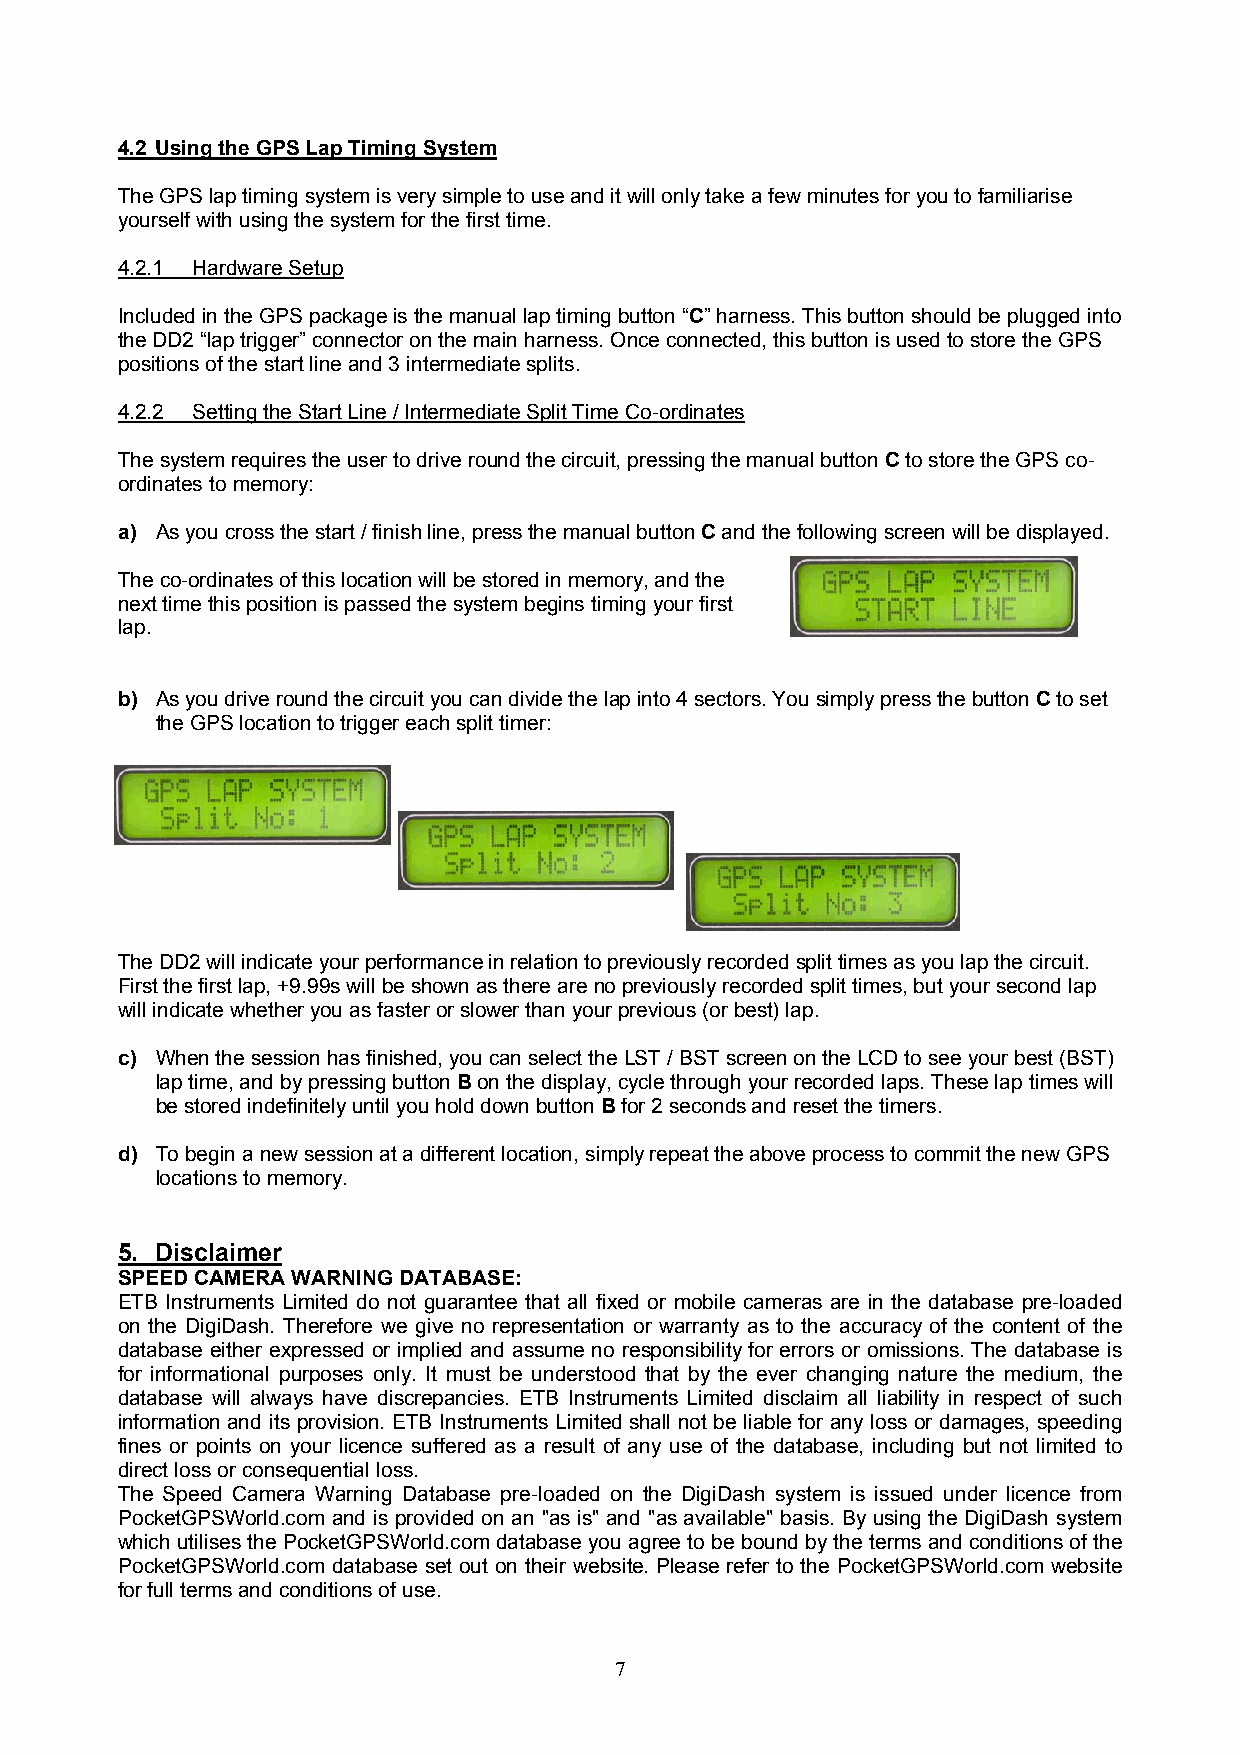
4.2 Using the GPS Lap Timing System
 The GPS lap timing system is very simple to use and it will only take a few minutes for you to familiarise
 yourself with using the system for the first time.
 4.2.1 Hardware Setup
 Included in the GPS package is the manual lap timing button “C” harness. This button should be plugged into
 the DD2 “lap trigger” connector on the main harness. Once connected, this button is used to store the GPS
 positions of the start line and 3 intermediate splits.
 4.2.2 Setting the Start Line / Intermediate Split Time Co-ordinates
 The system requires the user to drive round the circuit, pressing the manual button C to store the GPS co-
 ordinates to memory:
 a) As you cross the start / finish line, press the manual button C and the following screen will be displayed.
 The co-ordinates of this location will be stored in memory, and the
 next time this position is passed the system begins timing your first
 lap.
 b) As you drive round the circuit you can divide the lap into 4 sectors. You simply press the button C to set
 the GPS location to trigger each split timer:
 The DD2 will indicate your performance in relation to previously recorded split times as you lap the circuit.
 First the first lap, +9.99s will be shown as there are no previously recorded split times, but your second lap
 will indicate whether you as faster or slower than your previous (or best) lap.
 c) When the session has finished, you can select the LST / BST screen on the LCD to see your best (BST)
 lap time, and by pressing button B on the display, cycle through your recorded laps. These lap times will
 be stored indefinitely until you hold down button B for 2 seconds and reset the timers.
 d) To begin a new session at a different location, simply repeat the above process to commit the new GPS
 locations to memory.
 5. Disclaimer
 SPEED CAMERA WARNING DATABASE:
 ETB Instruments Limited do not guarantee that all fixed or mobile cameras are in the database pre-loaded
 on the DigiDash. Therefore we give no representation or warranty as to the accuracy of the content of the
 database either expressed or implied and assume no responsibility for errors or omissions. The database is
 for informational purposes only. It must be understood that by the ever changing nature the medium, the
 database will always have discrepancies. ETB Instruments Limited disclaim all liability in respect of such
 information and its provision. ETB Instruments Limited shall not be liable for any loss or damages, speeding
 fines or points on your licence suffered as a result of any use of the database, including but not limited to
 direct loss or consequential loss.
 The Speed Camera Warning Database pre-loaded on the DigiDash system is issued under licence from
 PocketGPSWorld.com and is provided on an "as is" and "as available" basis. By using the DigiDash system
 which utilises the PocketGPSWorld.com database you agree to be bound by the terms and conditions of the
 PocketGPSWorld.com database set out on their website. Please refer to the PocketGPSWorld.com website
 for full terms and conditions of use.
 7